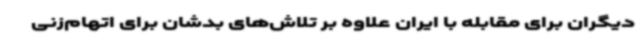
دیگران برای مقابله با ایران علاوه بر تلاش‌های بدشان برای اتهام‌زنی